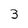
Character: 3